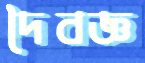
দৈবজ্ঞ